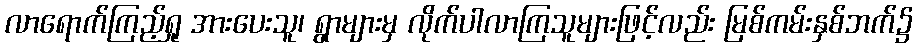
လာရောက်ကြည့်ရှု အားပေးသူ၊ ရွာများမှ လိုက်ပါလာကြသူများဖြင့်လည်း မြစ်ကမ်းနှစ်ဘက်၌